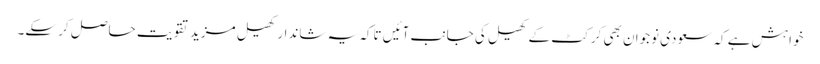
خواہش ہے کہ سعودی نوجوان بھی کرکٹ کے کھیل کی جانب آئیں تاکہ یہ شاندار کھیل مزید تقویت حاصل کر سکے۔